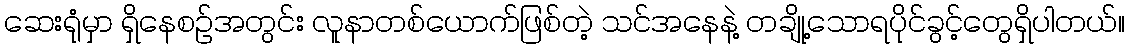
ဆေးရုံမှာ ရှိနေစဉ်အတွင်း လူနာတစ်ယောက်ဖြစ်တဲ့ သင်အနေနဲ့ တချို့သောရပိုင်ခွင့်တွေရှိပါတယ်။